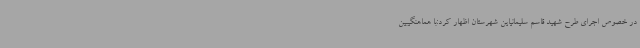
در خصوص اجرای طرح شهید قاسم سلیمانیاین شهرستان اظهار کرد:با هماهنگیبین